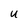
Character: u